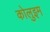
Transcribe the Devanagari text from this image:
कोलुइम